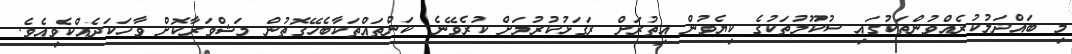
މި ބައްދަލުކުރެއްވުންތަކުގައި ސުކޫލުތަކުގެ ކިޔެވުން އިތުރަށް ރަގަޅުކުރުމަށް ކުރެވޭނެ ކަންތައްތަކާބެހޭގޮތުން މަޝްވަރާކޮށް ވާހަކަދެއްކެވިއެވެ.